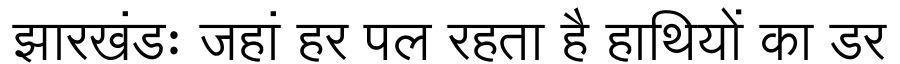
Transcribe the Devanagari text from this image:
झारखंडः जहां हर पल रहता है हाथियों का डर